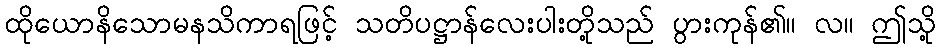
ထိုယောနိသောမနသိကာရဖြင့် သတိပဋ္ဌာန်လေးပါးတို့သည် ပွားကုန်၏။ လ။ ဤသို့